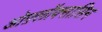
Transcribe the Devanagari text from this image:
ओफ़्लॉक्सासिन